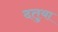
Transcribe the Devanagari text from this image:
दतुया